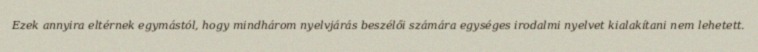
Ezek annyira eltérnek egymástól, hogy mindhárom nyelvjárás beszélői számára egységes irodalmi nyelvet kialakítani nem lehetett.